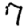
Digit: 7